Civil Veterinary Department Bihar reports 1940-50 - 1940-1950
Year: 1940
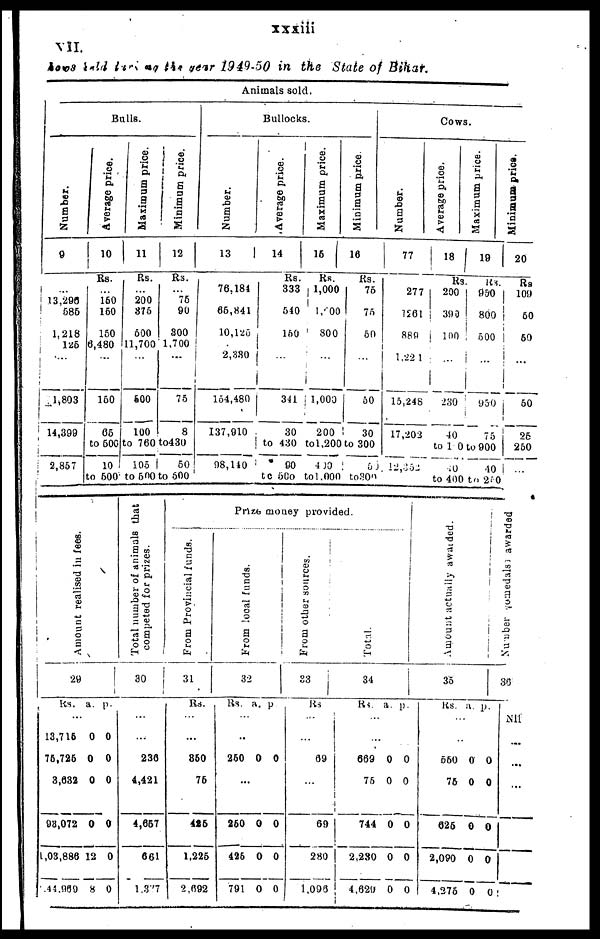
xxxiii
VII.
Cows sald during the year 1949-50 in the State of Bihar.
Bulls.
Number.
9
...
13,296
585
1.218
125
...
1,803
14,399
2,857
Average price.
10
Rs.
...
160
160
150
6,480
...
150
65
to 500
10
to 500
Maximum price.
11
Rs.
...
200
376
500
11,700
...
600
100
760
105
to 500
Minimum price.
12
Rs.
...
75
90
300
1,700
...
75
8
to430
50
to 500
Animals sold.
Bullocks.
Number.
13
76.181
65,841
10,125
2,330
164,480
137,910
08,140
Average price.
14
Rs.
333
540
150
...
341
30
to 430
00
to 560
Maximum price.
15
Rs.
1,000
1,000
300
...
1,000
200
to1,200
400
to 1,000
Minimum price
16
Rs.
75
75
50
...
50
30
to 300
50
to300
Cows.
Number.
17
277
1261
889
1,221
15,248
17,202
12,452
Average price.
18
Rs
200
390
100
...
230
40
to 1 0
.0
to 400
Maximum price.
19
Rs.
950
800
500
...
950
to 900
40
to 270
Minimum prica.
20
Rs
109
60
50
...
50
26
250
Amo u n t r eal i sed in fees.
29
Rs. a. p.
...
13,716
0 0
76,726 0 0
3,632 0 0
98,072 0 0
1,03,886 12 0
44,969 8 0
Total number of animals that
competed for prizes.
30
...
236
4,421
4,657
661
1,377
From Provincial funds.
31
Rs.
...
860
75
416
1,226
2,692
Prize money provided.
From local funds.
32
Rs. a. p
...
250 0 0
...
260 0 0
426 0 0
791 0 0
From other sources.
33
Rs
...
69
...
69
280
1,096
Total.
34
RS
...
669
75
744
2,230
4,620
a.p.
0 0
0 0
0 0
0 0
0 0
Amount
actually awarded.
35
Rs a. p.
...
550 0 0
76 0 0
625
0 0
2,090 0 0
4,275
0 0
Number
medals awarded
36
Nil
...
...
...